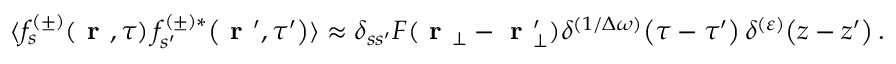
\langle f _ { s } ^ { ( \pm ) } \! \left( \textbf { r } , \tau \right) f _ { s ^ { \prime } } ^ { ( \pm ) * } \! \left( \textbf { r } ^ { \prime } , \tau ^ { \prime } \right) \rangle \approx \delta _ { s s ^ { \prime } } F ( \textbf { r } _ { \bot } - \textbf { r } _ { \bot } ^ { \prime } ) \delta ^ { ( 1 / \Delta \omega ) } \! \left( \tau - \tau ^ { \prime } \right) \delta ^ { ( \varepsilon ) } \! \left( z - z ^ { \prime } \right) .